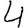
Digit: 4